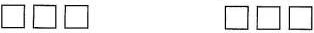
□□□ □□□